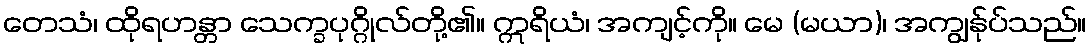
တေသံ၊ ထိုရဟန္တာ သေက္ခပုဂ္ဂိုလ်တို့၏။ ဣရိယံ၊ အကျင့်ကို။ မေ (မယာ)၊ အကျွန်ုပ်သည်။